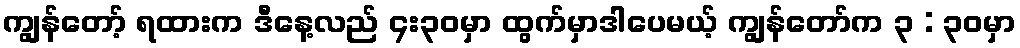
ကျွန်တော့် ရထားက ဒီနေ့လည် ၄း၃၀မှာ ထွက်မှာဒါပေမယ့် ကျွန်တော်က ၃ : ၃၀မှာ